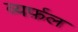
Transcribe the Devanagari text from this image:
व्यर्फ़ल